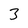
Character: 3